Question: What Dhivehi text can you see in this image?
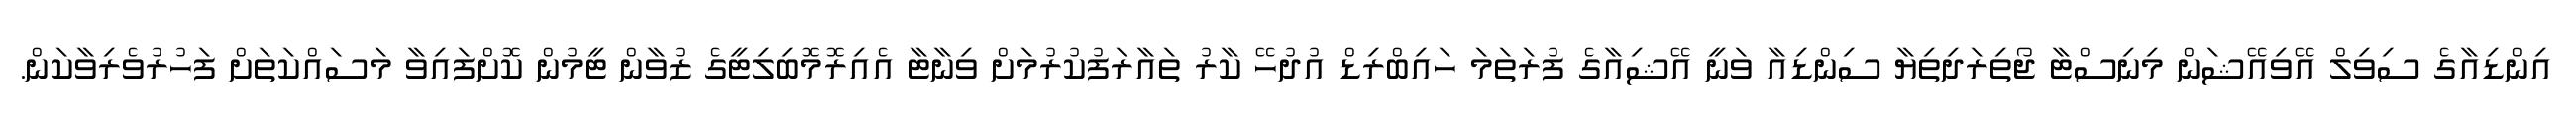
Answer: އިންޑިއާގެ ސިވިލް އޭވިއޭޝަން މިނިސްޓާ ޖޯތިރަދިތިޔާ ސިންޑިއާ ވަނީ އޭޝިއާގެ ފުރަތަމަ ހައިބްރިޑް އުދުހޭ ކާރު ތައާރަފުކުރުމަށް ވިނާޓާ އެއިރޮމޮބިލިޓީގެ ޒުވާން ޓީމުން ކޮށްފައިވާ މަސައްކަތަށް ފަހުރުވެރިވާކަން.